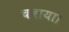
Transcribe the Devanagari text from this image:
चबाया।